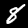
Label: 8